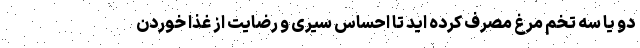
دو یا سه تخم مرغ مصرف کرده اید تا احساس سیری و رضایت از غذا خوردن